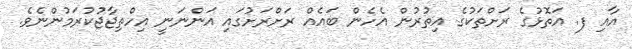
އާއި ފ. އަތޮޅުގެ ރަށްތަކުގެ އިތުރުން އެހެން ބައެއް ރަށްރަށުގައި އަންނަނީ އިހްތިޖާޖުކުރަމުންނެވެ.